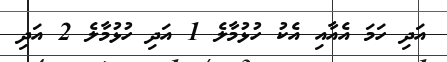
އަދި ހަމަ އެއާއި އެކު ހުޅުމާލެ 1 އަދި ހުޅުމާލެ 2 އަދި